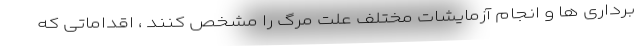
برداری ها و انجام آزمایشات مختلف علت مرگ را مشخص کنند ، اقداماتی که